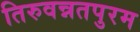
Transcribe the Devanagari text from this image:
तिरुवन्नतपुरम